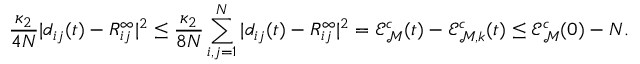
\frac { \kappa _ { 2 } } { 4 N } | d _ { i j } ( t ) - R _ { i j } ^ { \infty } | ^ { 2 } \le \frac { \kappa _ { 2 } } { 8 N } \sum _ { i , j = 1 } ^ { N } | d _ { i j } ( t ) - R _ { i j } ^ { \infty } | ^ { 2 } = \mathcal { E } _ { { \mathcal M } } ^ { c } ( t ) - \mathcal { E } _ { { \mathcal M } , k } ^ { c } ( t ) \le \mathcal { E } _ { { \mathcal M } } ^ { c } ( 0 ) - N .